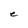
Character: e